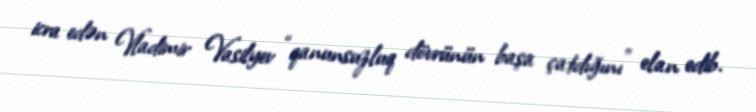
icra edən Vladimir Vasilyev “qanunsuzluq dövrünün başa çatdığını” elan edib.